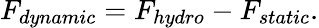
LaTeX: F_{dynamic}=F_{hydro}-F_{static}.